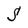
Character: S